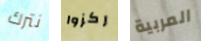
نترك ركزوا المربية